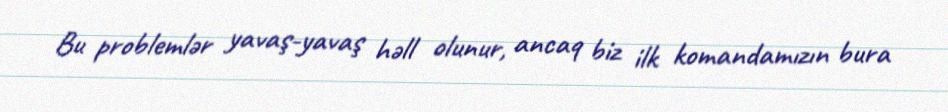
Bu problemlər yavaş-yavaş həll olunur, ancaq biz ilk komandamızın bura